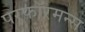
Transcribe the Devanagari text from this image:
परफॉरमन्स